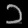
Digit: ၁